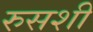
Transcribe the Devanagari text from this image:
रुसशी